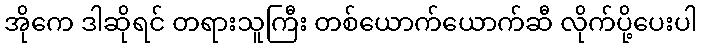
အိုကေ ဒါဆိုရင် တရားသူကြီး တစ်ယောက်ယောက်ဆီ လိုက်ပို့ပေးပါ